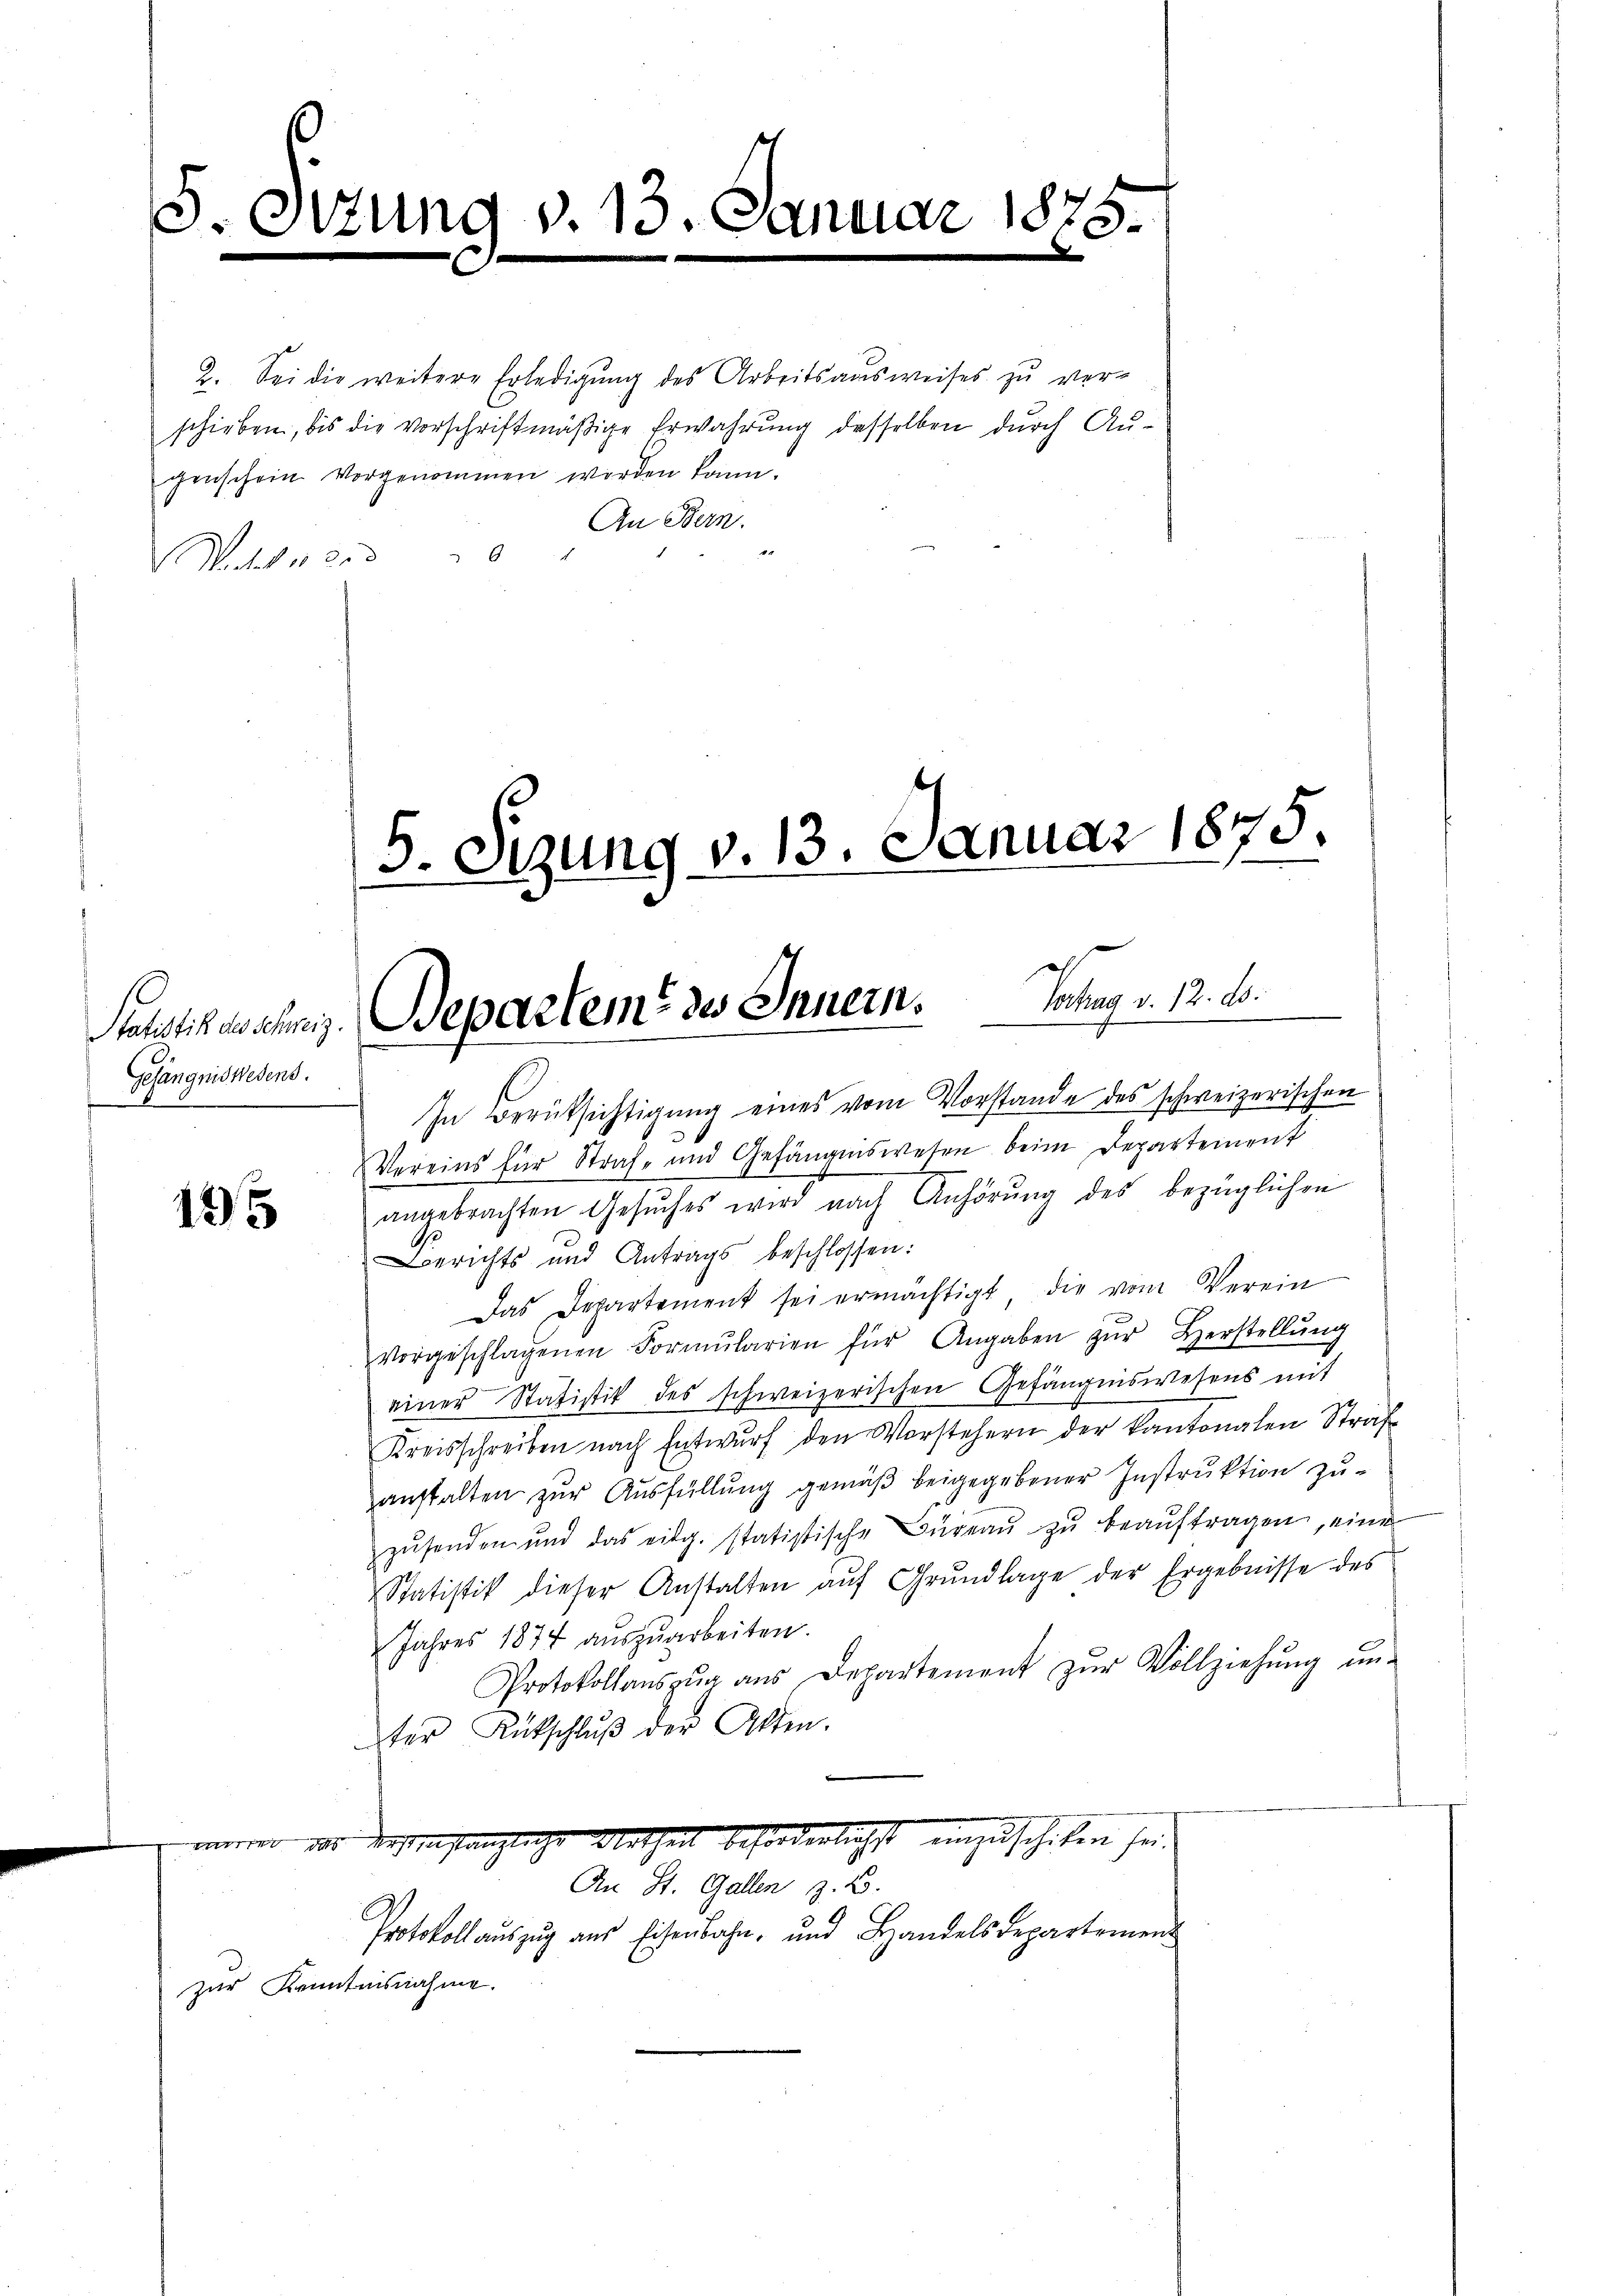
genschein vorgenommen worden kann.
An Bern.
2
Watt 1200

Gelängnißwesens.
.

195

I771

d

5. Sitzung v. 13. Januar 1875.
.

2. Sei die weitere Erledigung des Arbeitsausweises zu ver-
schieben, bis die vorschriftmäßige Erwahrung desselben durch Au¬

5. Stzung v. 13. Januar 1875.

Stahstick wahrg. Departem des Innern. Sontag v. 12. d.

In Berüksichtigung eines vom Vorstande des schweizerischen
Vereins für Straf- und Gefängniswesen beim Departement
angebrachten Gesŭches wird nach Anhörŭng des bezüglichen
.
Berichts und Antrags beschlossen:
Das Departement sei ermächtigt, die vom Verein
vorgeschlagenen Formŭlarien für Angaben zŭr Herstellŭng
einer Statistik des schweizerischen Gefängniswesens mit
Kreisschreiben nach Entwurf den Vorstehern der kantonalen Strafanstalten zur Ausfüllung gemäß beigegebener Instruktion zu-
zŭsenden und das eidg. statistische Büreaŭ zŭ beaŭftragen, eine
Statistik dieser Anstalten aŭf Grŭndlage der Ergebnisse des
Jahres 1874 aŭszŭarbeiten.
Protokollaŭszŭg aŭs Departement zŭr Vollziehŭng ŭn-
ter Rükschlŭβ der Akten.
 dessen gänzliche Urtheil beforderlichst einzuschicken sei.

An St. Gallen z. B.

Protokoll auszug aus Eisenbahn, und Handelsdepartement
zur Kenntnisnahme.